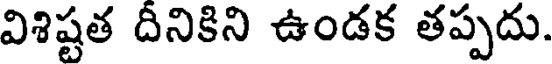
విశిష్టత దినికిని ఉండక తప్పదు.